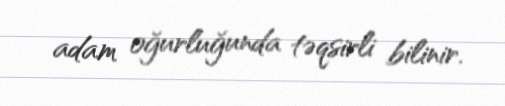
adam oğurluğunda təqsirli bilinir.